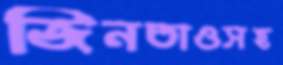
জিনতাওসহ